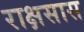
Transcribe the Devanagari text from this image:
राक्षसास